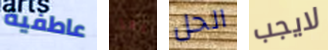
عاطفية إيتا الحل لايجب